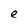
Character: e